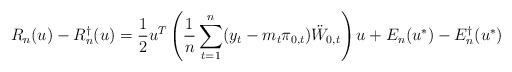
LaTeX: \begin{align*}R_{n}(u)-R_{n}^{\dag}(u) = \frac{1}{2}u^{T}\left(\frac{1}{n}\sum_{t=1}^{n}(y_{t}- m_{t}\pi_{0,t})\ddot{W}_{0,t} \right) u + E_{n}(u^{\ast}) - E_{n}^{\dag}(u^{\ast})\end{align*}